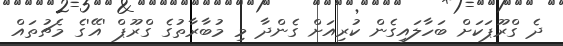
ދެ ގްރޫޕަކަށް ބަހާލައިގެން ކުރިއަށް ގެންދާ މި މުބާރާތުގެ ގްރޫޕް 'އޭ'ގެ މެޗުތައް